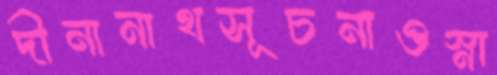
দীনানাথসূচনাওস্না